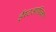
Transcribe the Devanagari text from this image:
ईस्टआफ्रिका